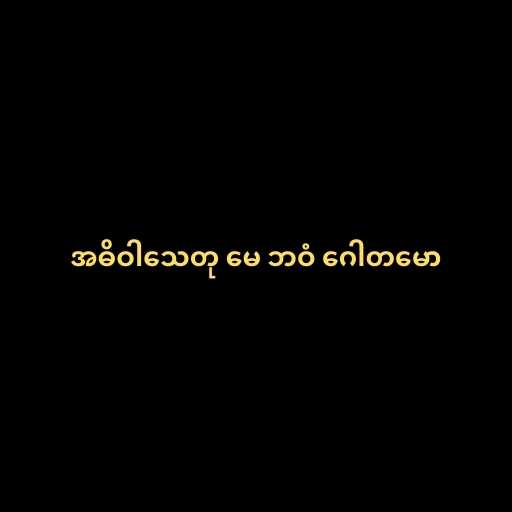
အဓိဝါသေတု မေ ဘဝံ ဂေါတမော